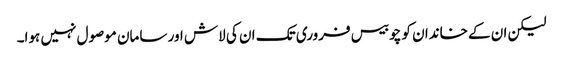
لیکن ان کے خاندان کو چوبیس فروری تک ان کی لاش اور سامان موصول نہیں ہوا۔